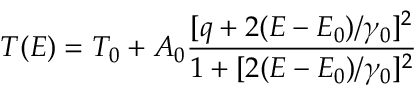
T ( E ) = T _ { 0 } + A _ { 0 } \frac { [ q + 2 ( E - E _ { 0 } ) / \gamma _ { 0 } ] ^ { 2 } } { 1 + [ 2 ( E - E _ { 0 } ) / \gamma _ { 0 } ] ^ { 2 } }